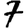
Digit: 7